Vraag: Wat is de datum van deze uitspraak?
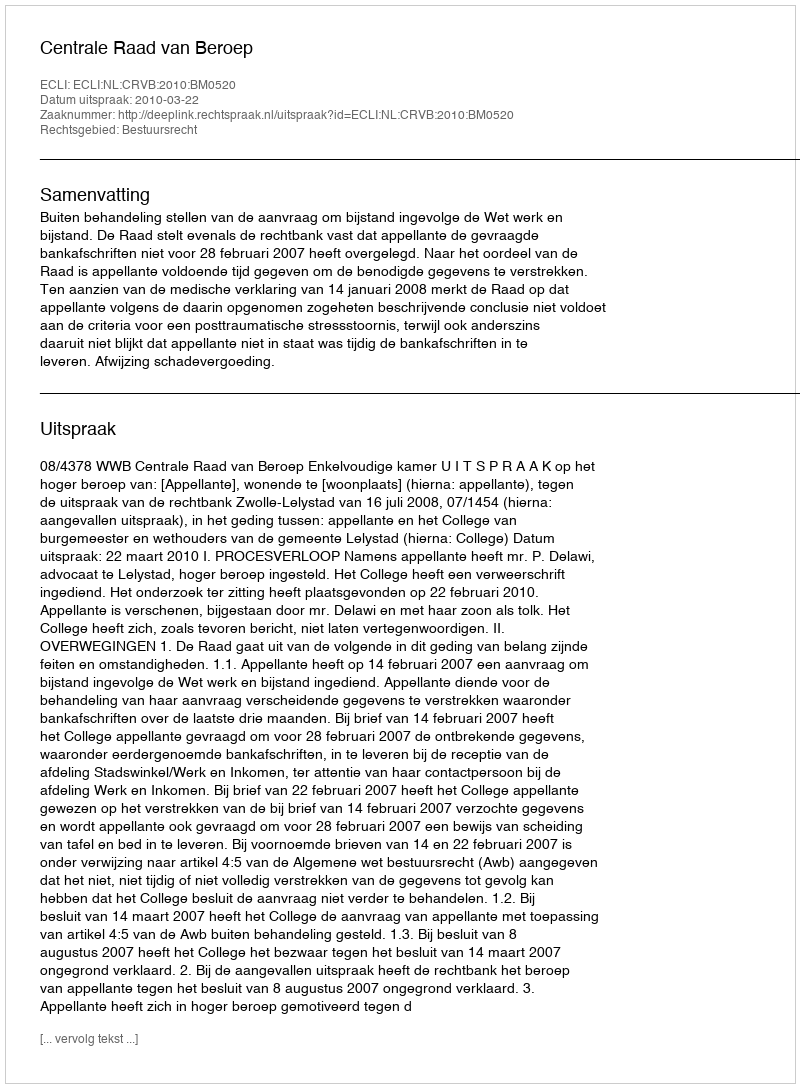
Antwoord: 2010-03-22